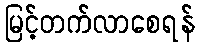
မြင့်တက်လာစေရန်